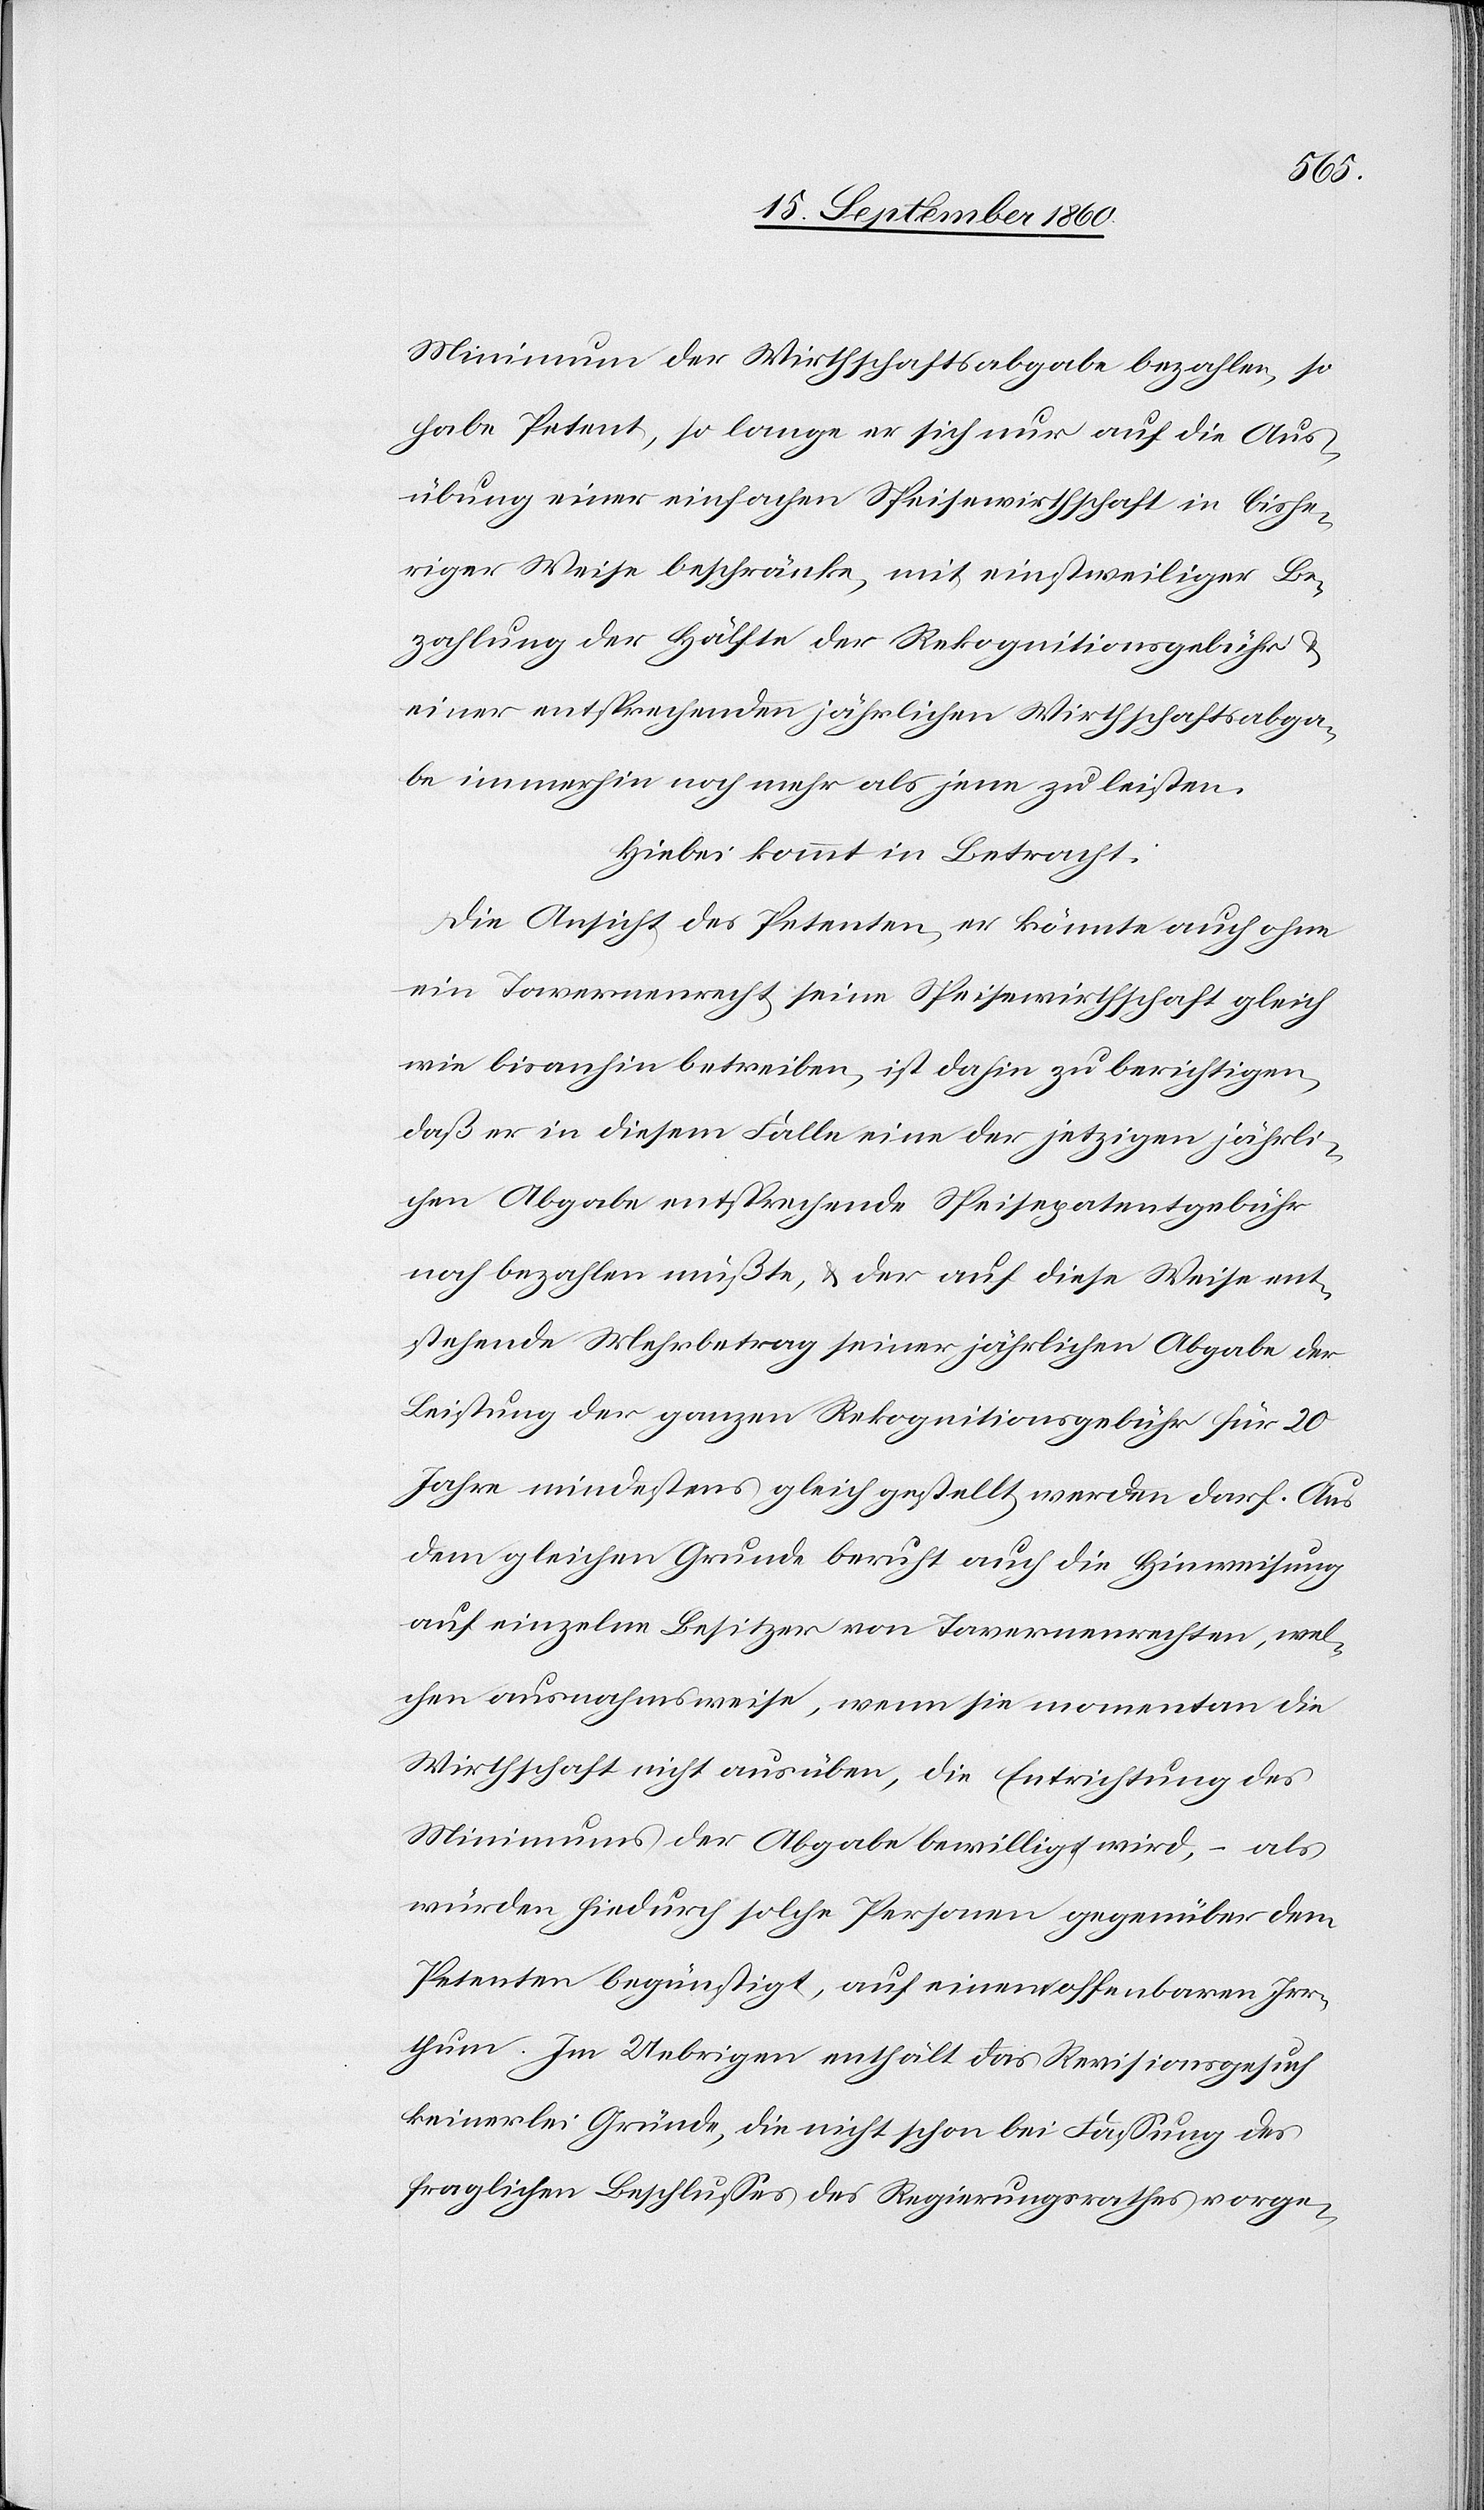
Minimum der Wirthschaftsabgabe bezahlen, so
habe Petent, so lange er sich nur auf die Aus¬
übung einer einfachen Speisewirthschaft in bishe¬
riger Weise beschränke, mit einstweiliger Be¬
zahlung der Hälfte der Rekognitionsgebühr
einer entsprechenden jährlichen Wirthschaftsabga¬
be immerhin noch mehr als jene zu leisten.
Hiebei kommt in Betracht.
Die Ansicht des Petenten, er könnte auch ohne
ein Tavernenrecht seine Speisewirthschaft gleich
wie bisanhin betreiben, ist dahin zu berichtigen,
daß er in diesem Falle eine der jetzigen jährli¬
chen Abgabe entsprechende Speisepatentgebühr
noch bezahlen müßte, u. der auf diese Weise ent¬
stehende Mehrbetrag seiner jährlichen Abgabe der
Leistung der ganzen Rekognitionsgebühr für 20
Jahre mindestens gleich gestellt werden darf. Aus
dem gleichen Grunde beruht auch die Hinweisung
auf einzelne Besitzer von Tavernenrechten, wel¬
chen ausnahmsweise, wenn sie momentan die
Wirthschaft nicht ausüben, die Entrichtung des
Minimums der Abgabe bewilligt wird, – als
würden hiedurch solche Personen gegenüber dem
Petenten begünstig, auf einen offenbaren Irr¬
thum. Im Uebrigen enthält das Revisionsgesuch
keinerlei Gründe, die nicht schon bei Fassung des
fraglichen Beschlusses des Regierungsrathes vorge-